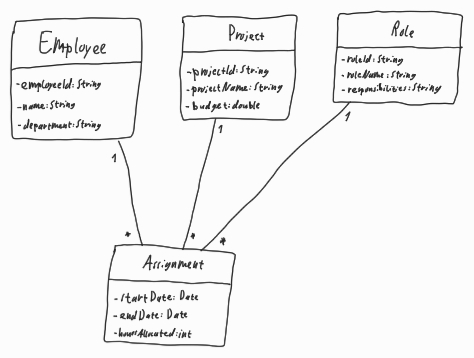
Diagram type: class_diagram
```plantuml
@startuml

class Employee {
  - employeeId: String
  - name: String
  - department: String
}

class Project {
  - projectId: String
  - projectName: String
  - budget: double
}

class Role {
  - roleId: String
  - roleName: String
  - responsibilities: String
}

class Assignment {
  - startDate: Date
  - endDate: Date
  - hoursAllocated: int
}

Employee "1" -- "*" Assignment

Project "1" -- "*" Assignment

Role "1" -- "*" Assignment

@enduml
```